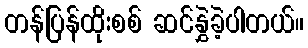
တန်ပြန်ထိုးစစ် ဆင်နွှဲခဲ့ပါတယ်။